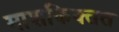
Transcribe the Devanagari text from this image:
माशकिक्तत